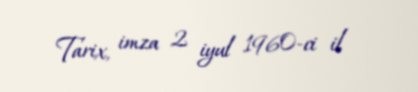
Tarix, imza 2 iyul 1960-ci il